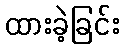
ထားခဲ့ခြင်း